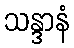
သန္ဒာနံ